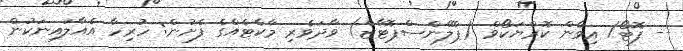
-- ފޮޓޯ/ އިވާން ކޮރްޔަކޯވް (ޕްލޭންސްޕޮޓާޒް) ވާދަވެރި މާކެޓެއްގެ ފެށުން: ހުރިހާ އެއާލައިނަކުން